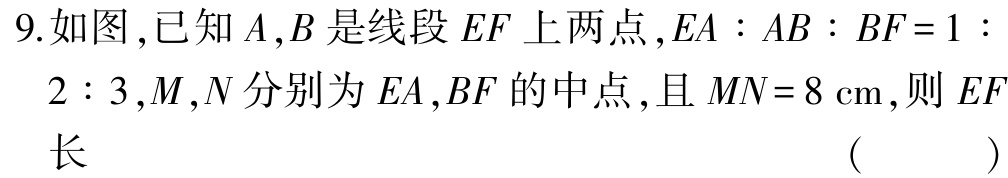
9.如图,已知\(A,B\)是线段\(EF\)上两点,\(EA:AB:BF = 1:2:3\),\(M,N\)分别为\(EA,BF\)的中点,且\(MN = 8\mathrm{cm}\),则\(EF\)长（  ）